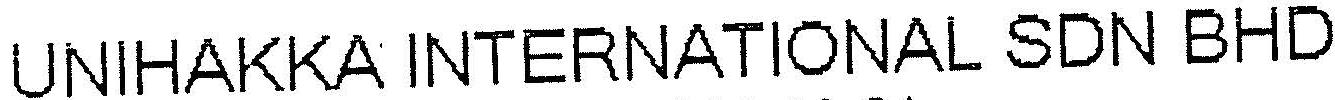
UNIHAKKA INTERNATIONAL SDN BHD